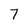
Character: 7